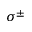
\sigma ^ { \pm }